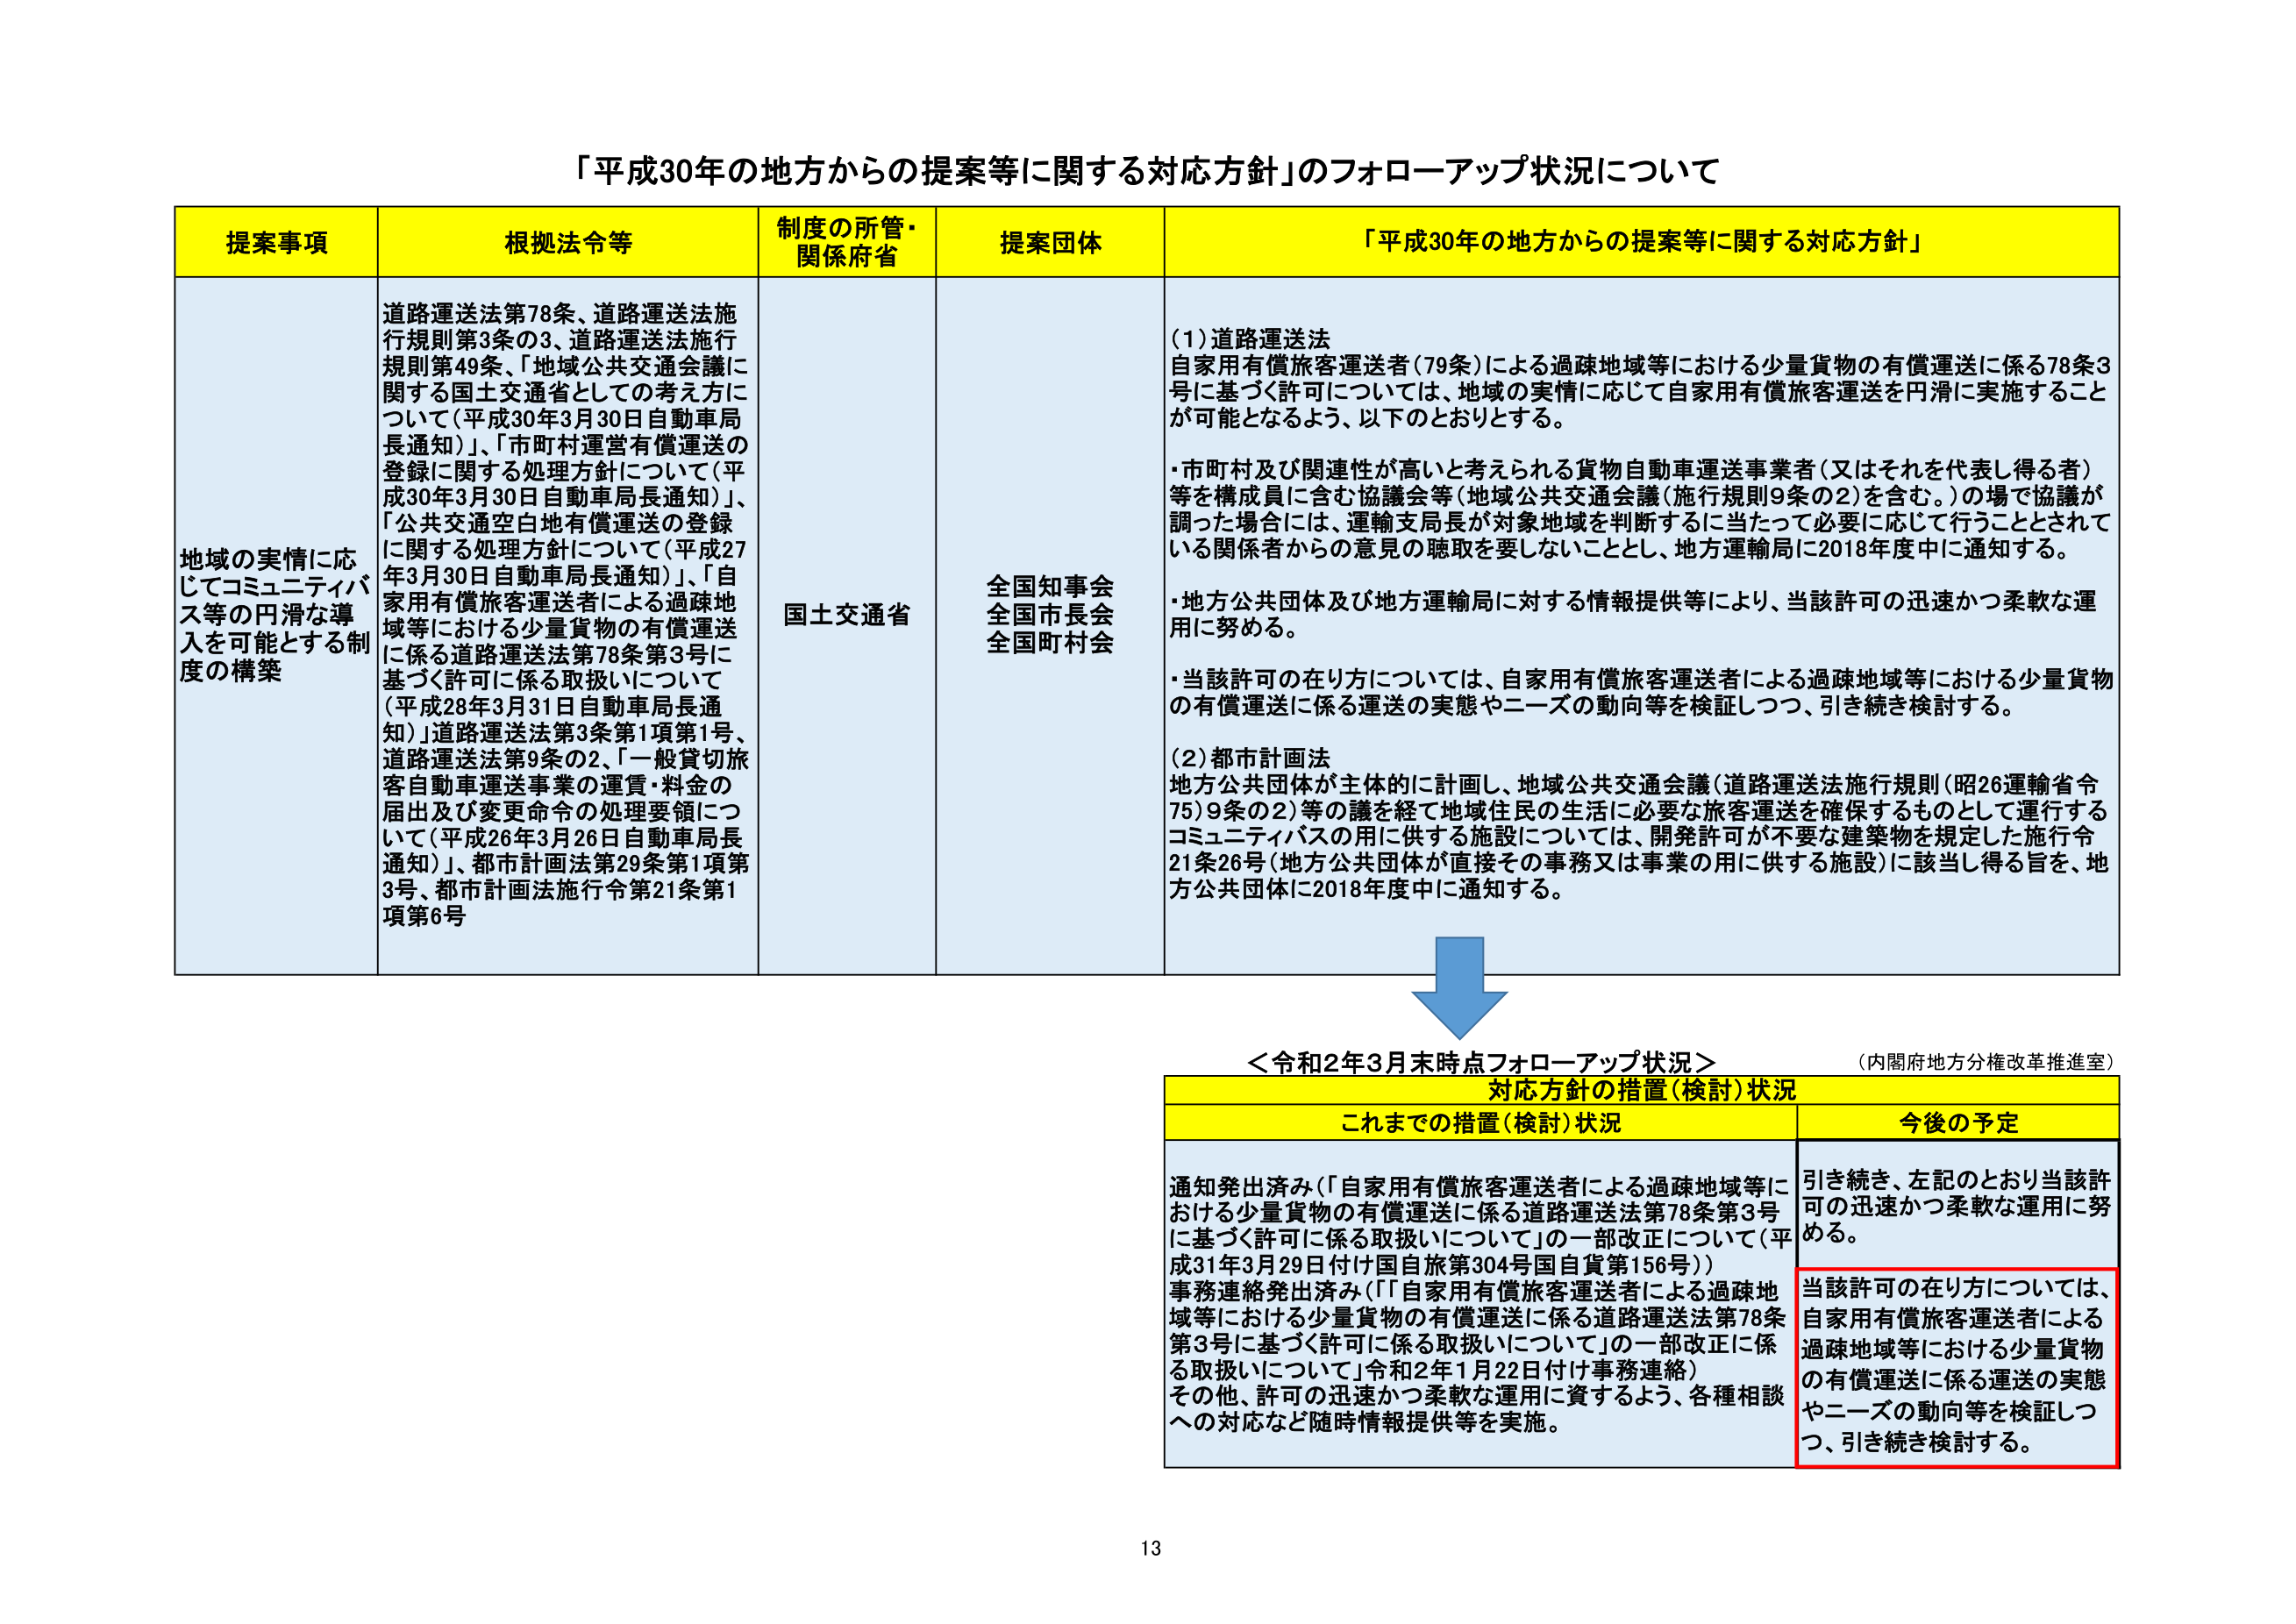
「平成30年の地方からの提案等に関する対応方針」のフォローアップ状況について

提案事項　根拠法令等　制度の所管・関係府省　提案団体　「平成30年の地方からの提案等に関する対応方針」

地域の実情に応じてコミュニティバス等の円滑な導入を可能とする制度の構築

道路運送法第78条、道路運送法施行規則第3条の3、道路運送法施行規則第49条、「地域公共交通会議に関する国土交通省としての考え方について（平成30年3月30日自動車局長通知）」、「市町村運営有償運送の登録に関する処理方針について（平成30年3月30日自動車局長通知）」、「公共交通空白地有償運送の登録に関する処理方針について（平成27年3月30日自動車局長通知）」、「自家用有償旅客運送者による過疎地域等における少量貨物の有償運送に係る道路運送法第78条第3号に基づく許可に係る取扱いについて（平成28年3月31日自動車局長通知）」道路運送法第3条第1項第1号、道路運送法第9条の2、「一般貸切旅客自動車運送事業の運賃・料金の届出及び変更命令の処理要領について（平成26年3月26日自動車局長通知）」、都市計画法第29条第1項第3号、都市計画法施行令第21条第1項第6号

国土交通省

全国知事会
全国市長会
全国町村会

(1)道路運送法
自家用有償旅客運送者（79条）による過疎地域等における少量貨物の有償運送に係る78条3号に基づく許可については、地域の実情に応じて自家用有償旅客運送を円滑に実施することが可能となるよう、以下のとおりとする。

・市町村及び関連性が高いと考えられる貨物自動車運送事業者（又はそれを代表し得る者）等を構成員に含む協議会等（地域公共交通会議（施行規則9条の2）を含む。）の場で協議が調った場合には、運輸支局長が対象地域を判断するに当たって必要に応じて行うこととされている関係者からの意見の聴取を要しないこととし、地方運輸局に2018年度中に通知する。

・地方公共団体及び地方運輸局に対する情報提供等により、当該許可の迅速かつ柔軟な運用に努める。

・当該許可の在り方については、自家用有償旅客運送者による過疎地域等における少量貨物の有償運送に係る運送の実態やニーズの動向等を検証しつつ、引き続き検討する。

(2)都市計画法
地方公共団体が主体的に計画し、地域公共交通会議（道路運送法施行規則（昭26運輸省令75）9条の2）等の議を経て地域住民の生活に必要な旅客運送を確保するものとして運行するコミュニティバスの用に供する施設については、開発許可が不要な建築物を規定した施行令21条26号（地方公共団体が直接その事務又は事業の用に供する施設）に該当し得る旨を、地方公共団体に2018年度中に通知する。

＜令和2年3月末時点フォローアップ状況＞
（内閣府地方分権改革推進室）

対応方針の措置（検討）状況

これまでの措置（検討）状況　今後の予定

通知発出済み（「自家用有償旅客運送者による過疎地域等における少量貨物の有償運送に係る道路運送法第78条第3号に基づく許可に係る取扱いについて」の一部改正について（平成31年3月29日付け国自旅第304号国自貨第156号））
事務連絡発出済み（「自家用有償旅客運送者による過疎地域等における少量貨物の有償運送に係る道路運送法第78条第3号に基づく許可に係る取扱いについて」の一部改正に係る取扱いについて」令和2年1月22日付け事務連絡）
その他、許可の迅速かつ柔軟な運用に資するよう、各種相談への対応など随時情報提供等を実施。

引き続き、左記のとおり当該許可の迅速かつ柔軟な運用に努める。
当該許可の在り方については、自家用有償旅客運送者による過疎地域等における少量貨物の有償運送に係る運送の実態やニーズの動向等を検証しつつ、引き続き検討する。

13